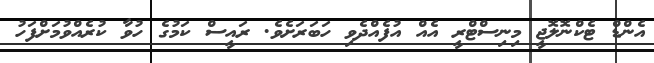
އެންޑް ޓެކްނޮލޮޖީ މިނިސްޓްރީ އެއް އުފެއްދެވި ހަބަރަށެވެ. ރައީސް ކަމުގެ ހުވާ ކުރެއްވުމަށްފަހު